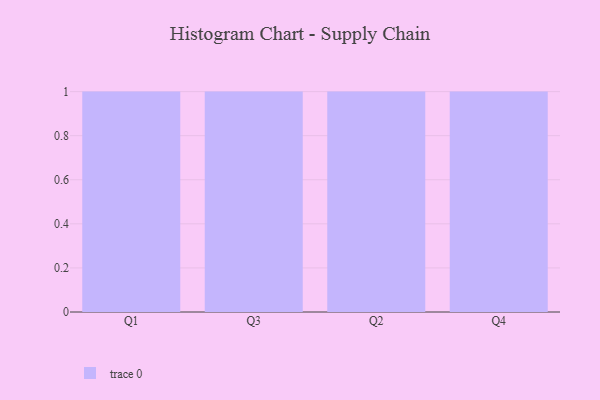
{"axis": {"x": "Quarter", "y": "Shipments"}, "legend": [""], "data": [{"x": "Q1", "y": 42, "type": ""}, {"x": "Q3", "y": 16, "type": ""}, {"x": "Q2", "y": 99, "type": ""}, {"x": "Q4", "y": 56, "type": ""}]}